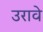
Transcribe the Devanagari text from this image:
उरावे